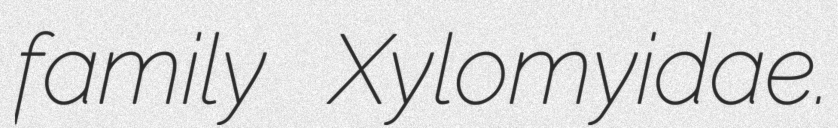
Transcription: family Xylomyidae.